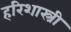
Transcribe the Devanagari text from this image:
हरिशास्त्री